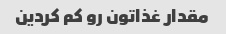
مقدار غذاتون رو کم کردین